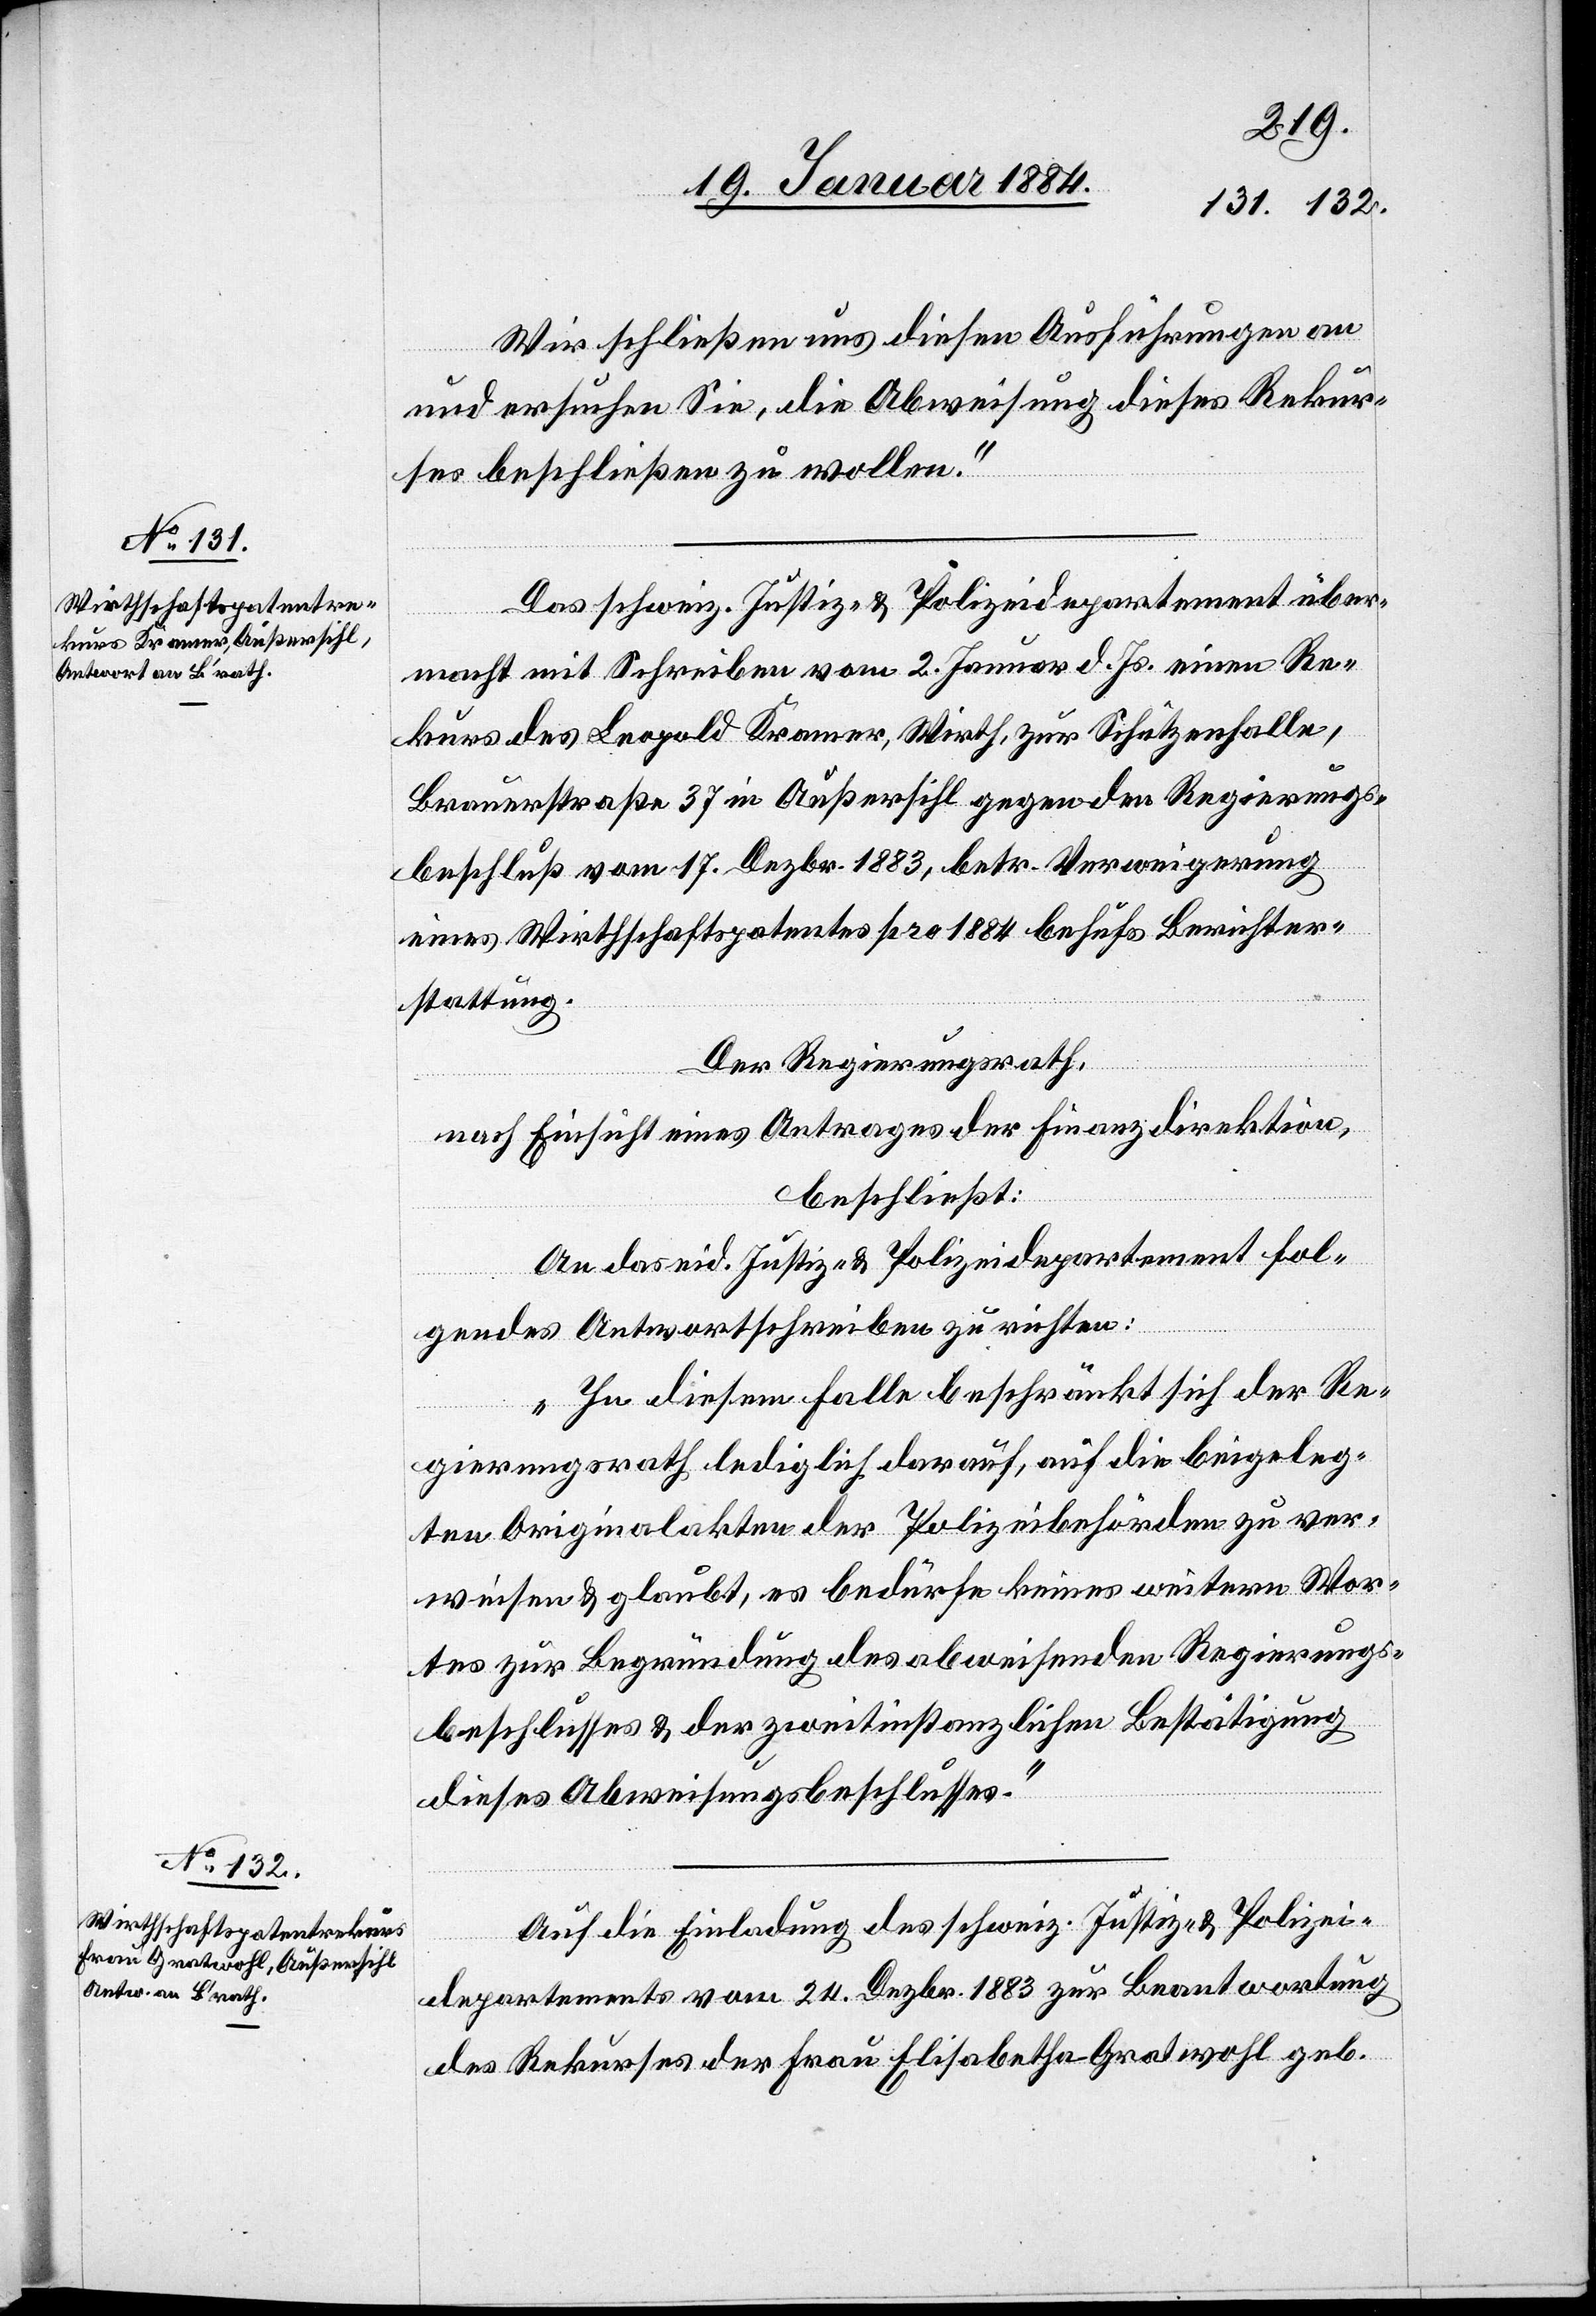
Wir schließen uns diesen Ausführungen an
und ersuchen Sie, die Abweisung dieses Rekur¬
ses beschließen zu wollen.“
Das schweiz. Justiz- & Polizeidepartement über¬
macht mit Schreiben vom 2. Januar d. Js. einen Re¬
kurs des Leopold Kramer, Wirth, zur Schützenfalle,
Brauerstraße 37 in Außersihl gegen den Regierungs¬
beschluß vom 17. Dezbr. 1883, betr. Verweigerung
eines Wirthschaftspatents pro 1884 behufs Berichter¬
stattung.
Der Regierungsrath,
nach Einsicht eines Antrages der Finanzdirektion,
beschließt:
An das eid. Justiz- & Polizeidepartement fol¬
gendes Antwortschreiben zu richten:
„In diesem Falle beschränkt sich der Re¬
gierungsrath lediglich darauf, auf die beigeleg¬
ten Originalakten der Polizeibehörden zu ver¬
weisen & glaubt, es bedürfe keines weitern Wor¬
tes zur Begründung des abweisenden Regierungs¬
beschlusses & der zweitinstanzlichen Bestätigung
dieses Abweisungsbeschlusses.“
Auf die Einladung des schweiz. Justiz- & Polizei¬
departements vom 24. Dezbr. 1883 zur Beantwortung
des Rekurses der Frau Elisabetha Gratwohl geb.